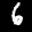
Label: 6